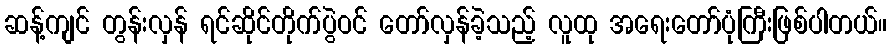
ဆန့်ကျင် တွန်းလှန် ရင်ဆိုင်တိုက်ပွဲဝင် တော်လှန်ခဲ့သည့် လူထု အရေးတော်ပုံကြီးဖြစ်ပါတယ်။